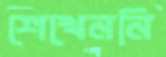
শেখেননি